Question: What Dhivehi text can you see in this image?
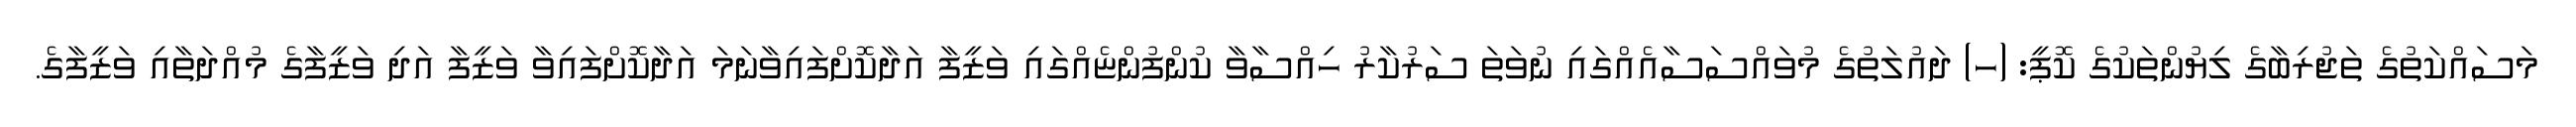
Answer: މަސައްކަތުގެ ތަޖުރިބާގެ ލިޔުންތަކުގެ ކޮޕީ: (ހ) ދައުލަތުގެ މުވައްސަސާއެއްގައި ނުވަތަ ސަރުކާރު ހިއްސާވާ ކުންފުންޏެއްގައި ވަޒީފާ އަދާކޮށްފައިވާނަމަ އަދާކޮށްފައިވާ ވަޒީފާ އަދި ވަޒީފާގެ މުއްދަތާއި ވަޒީފާގެ.